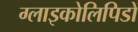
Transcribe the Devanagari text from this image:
ग्लाइकोलिपिडों